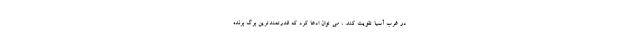
در غرب آسیا تقویت کند. ، می توان ادعا کرد که قدرتمندترین برگ برنده